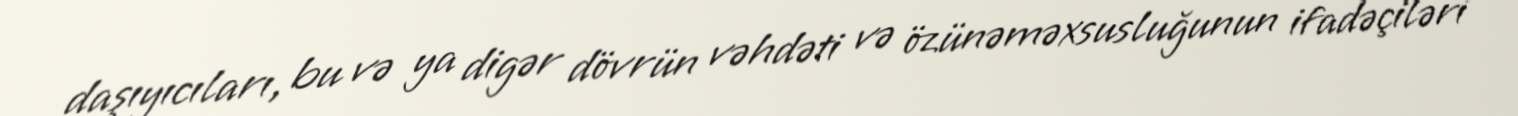
daşıyıcıları, bu və ya digər dövrün vəhdəti və özünəməxsusluğunun ifadəçiləri